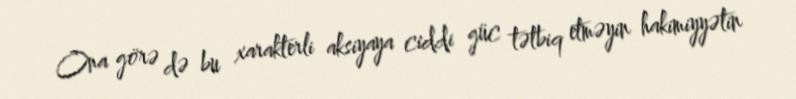
Ona görə də bu xarakterli aksiyaya ciddi güc tətbiq etməyin hakimiyyətin